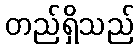
တည်ရှိသည်